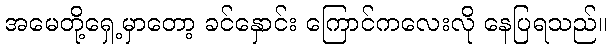
အမေတို့ရှေ့မှာတော့ ခင်နှောင်း ကြောင်ကလေးလို နေပြရသည်။